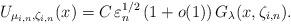
LaTeX: \begin{align*}U_{\mu_{i,n},\zeta_{i,n}}(x)=C\,\varepsilon_{n}^{1/2}\,(1+o(1))\,G_{\lambda}(x,\zeta_{i,n}).\end{align*}